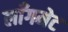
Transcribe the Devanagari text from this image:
लाँगमेट